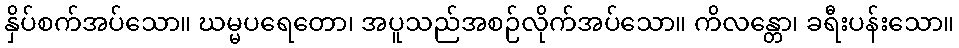
နှိပ်စက်အပ်သော။ ဃမ္မပရေတော၊ အပူသည်အစဉ်လိုက်အပ်သော။ ကိလန္တော၊ ခရီးပန်းသော။